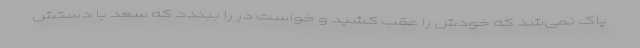
پاک نمی‌شد که خودش را عقب کشید و خواست در را ببندد که سعد با دستش